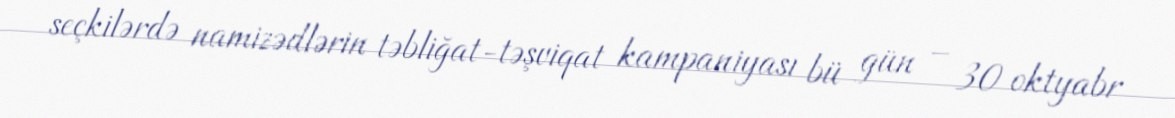
seçkilərdə namizədlərin təbliğat-təşviqat kampaniyası bü gün – 30 oktyabr